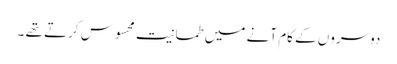
دوسروں کے کام آنے میں طمانیت محسوس کرتے تھے ۔